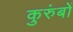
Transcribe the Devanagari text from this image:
कुरुंबों